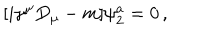
[ i \gamma ^ { \mu } D _ { \mu } - m ] \psi _ { 2 } ^ { a } = 0 \, ,